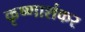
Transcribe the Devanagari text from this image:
कृष्णाशंकर